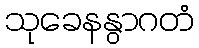
သုခေနနွာဂတံ